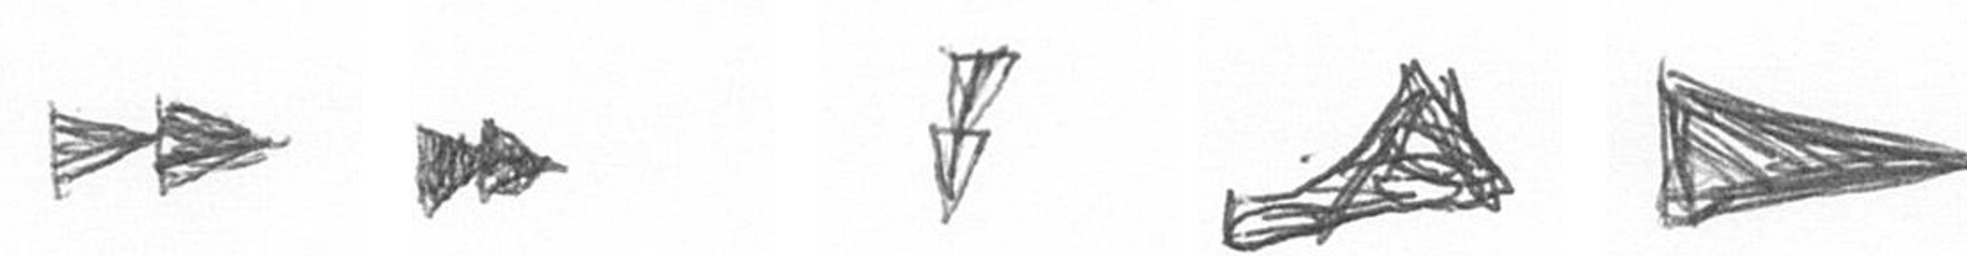
A A Z O T